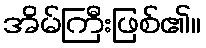
အိမ်ကြီးဖြစ်၏။